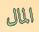
المال